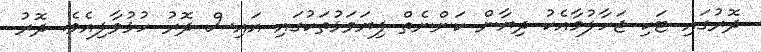
ދޮރުގައި ޓަކި ޖަހާލުމާއެކު ދިޔާން ކަންނެތް ފިޔަވަޅުތަކުގައި އައިސް ދޮރު ހުޅުވާލިއެވެ. ދޮރު